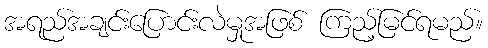
အရည်အချင်းပြောင်းလဲမှုအဖြစ် ကြည့်မြင်ရမည်။